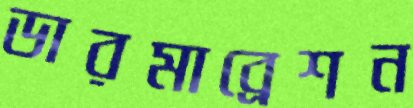
ডারমাব্রেশন